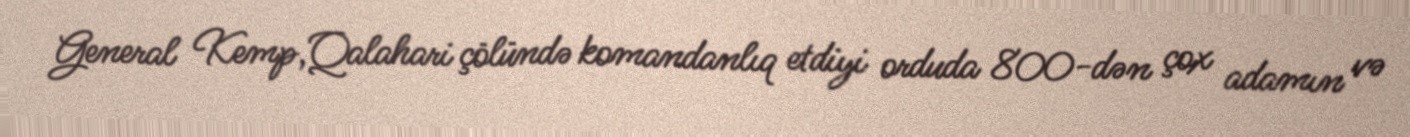
General Kemp,Qalahari çölündə komandanlıq etdiyi orduda 800-dən çox adamın və